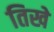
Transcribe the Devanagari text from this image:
तिखे